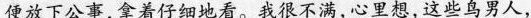
便放下公事，拿着仔细地看。我很不满，心里想，这些鸟男人，